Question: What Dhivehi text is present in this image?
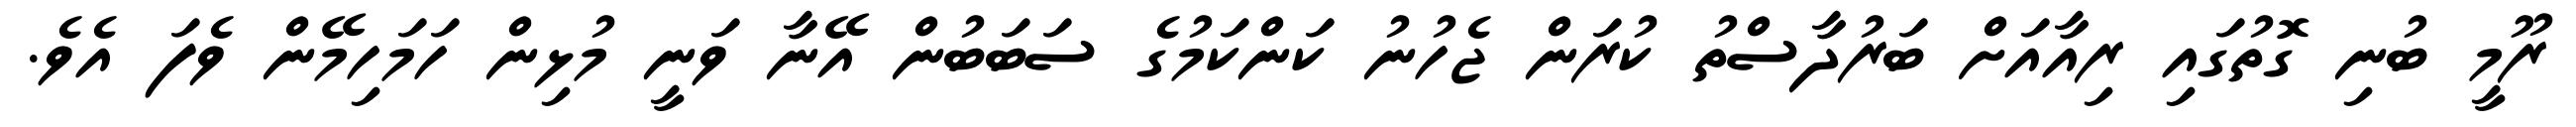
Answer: ރޫމީ ބުނި ގޮތުގައި ރިއާއަށް ބަރުދާސްތު ކުރަން ޖެހުނު ކަންކަމުގެ ސަބަބުން އޭނާ ވަނީ މުޅިން ހަމަހިމޭން ވެފަ އެވެ.